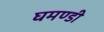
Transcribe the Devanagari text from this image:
घमण्‍डी